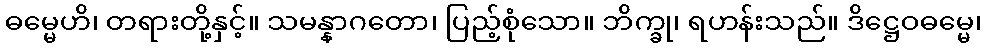
ဓမ္မေဟိ၊ တရားတို့နှင့်။ သမန္နာဂတော၊ ပြည့်စုံသော။ ဘိက္ခု၊ ရဟန်းသည်။ ဒိဋ္ဌေဝဓမ္မေ၊